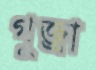
গুজ্‌রা